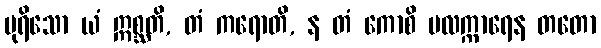
ပုရိသော ယံ ဣစ္ဆတိ, တံ ကရောတိ, န တံ ကောစိ ဗလက္ကာရေန တတော